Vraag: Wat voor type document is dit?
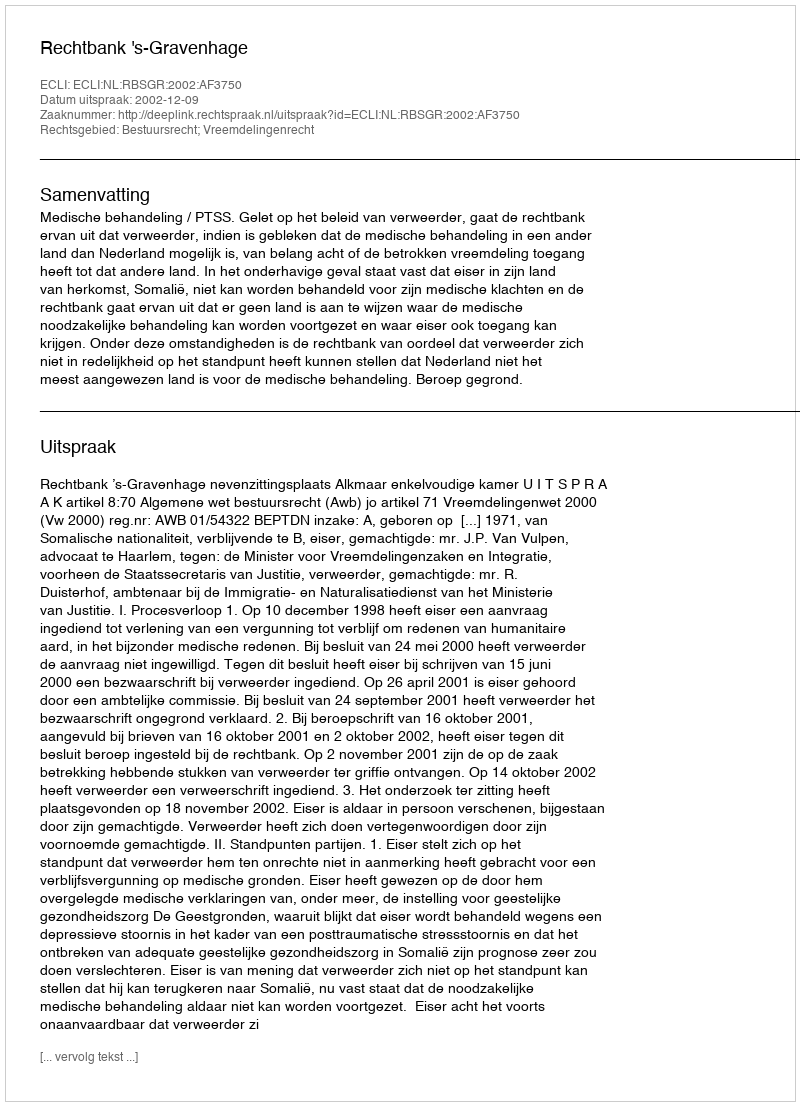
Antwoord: Uitspraak